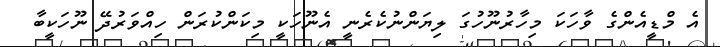
އެ މްޑީއެންގެ ވާހަކަ މިހާރުނޫހުގަ ލިޔަންނުކެރެނީ އެނޫހަކީ މިކަންކުރަން ހިއްވަރުދޭ ނޫހަކީބާ